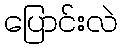
ပြောင်းလဲ